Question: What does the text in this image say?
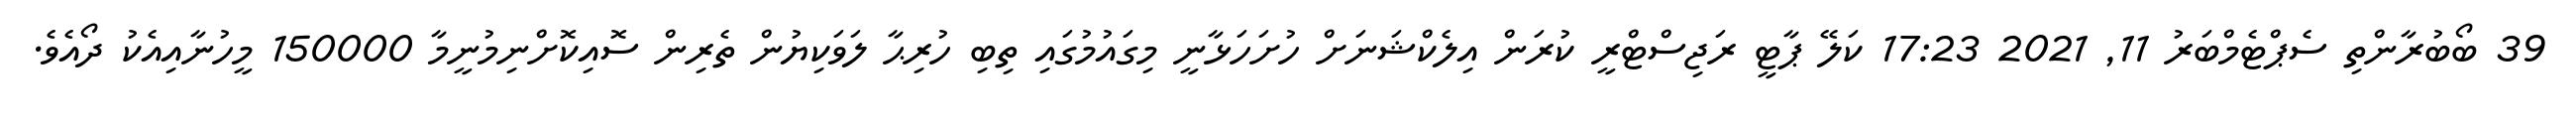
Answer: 39 ބޯބުރާންތި ސެޕްޓެމްބަރު 11, 2021 17:23 ކަލޭ ޕާޓީ ރަޖިސްޓްރީ ކުރަން އިލެކްޝަނަށް ހުށަހަޅާނީ މިގައުމުގައި ތިބި ހުރިޙާ ލަވަކިޔުން ތެރިން ސޮއިކޮށްނިމުނީމާ 150000 މީހުނާއިއެކު ދޯއެވެ.